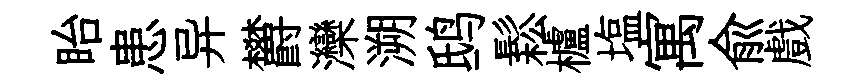
眙患异欝灤溯鸱鬆櫨塩寓俞戲